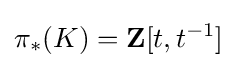
\pi _{*}(K)=\mathbf {Z} [t,t^{-1}]